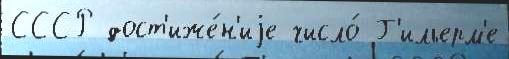
СССР дост'иже́н'иjе число́ Г'ильерм'е